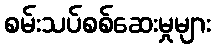
စမ်းသပ်စစ်ဆေးမှုများ